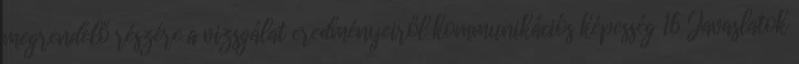
megrendelő részére a vizsgálat eredményeiről kommunikációs képesség 16 Javaslatok